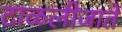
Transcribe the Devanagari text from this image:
टाळलीजाते